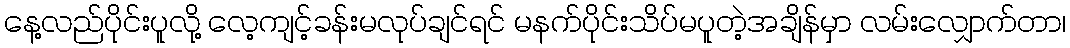
နေ့လည်ပိုင်းပူလို့ လေ့ကျင့်ခန်းမလုပ်ချင်ရင် မနက်ပိုင်းသိပ်မပူတဲ့အချိန်မှာ လမ်းလျှောက်တာ၊